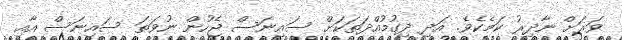
ވަރަށް ނާދިރު ކަމެކެވެ. އަދި ދިގުމުއްދަތަކަށް ސައިނަސް ޖެހުން ނުވަތަ ސައިނަސް އާއި